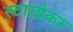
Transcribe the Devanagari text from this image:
स्टारब्रेकर